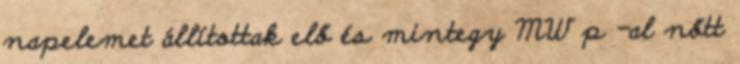
napelemet állítottak elő és mintegy MW p -al nőtt